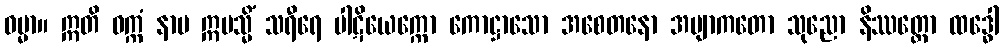
ဓမ္မာ။ ဣတိ ဝက္ကံ နာမ ဣမသ္မိံ သရီရေ ပါဋိယေက္ကော ကောဋ္ဌာသော အစေတနော အဗျာကတော သုညော နိဿတ္တော ထဒ္ဓေါ